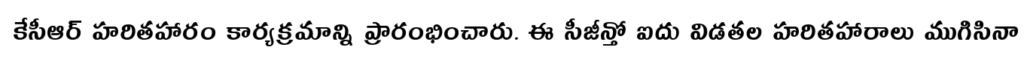
కేసీఆర్ హరితహారం కార్యక్రమాన్ని ప్రారంభించారు. ఈ సీజీన్తో ఐదు విడతల హరితహారాలు ముగిసినా